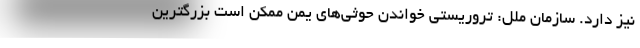
نیز دارد. سازمان ملل: تروریستی خواندن حوثی‌های یمن ممکن است بزرگترین